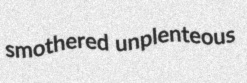
smothered unplenteous